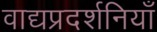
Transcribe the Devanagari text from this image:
वाद्यप्रदर्शनियाँ